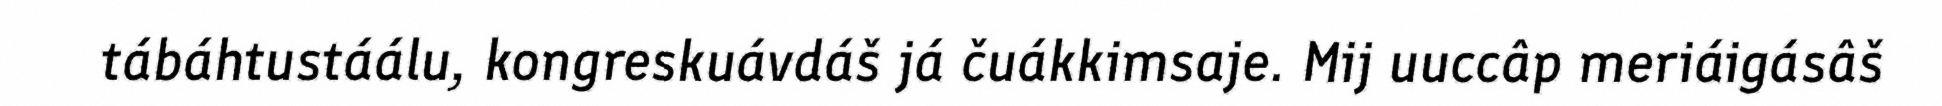
tábáhtustáálu, kongreskuávdáš já čuákkimsaje. Mij uuccâp meriáigásâš